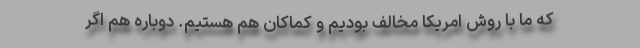
که ما با روش امریکا مخالف بودیم و کماکان هم هستیم. دوباره هم اگر